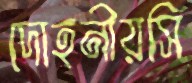
দোহনীয়সি